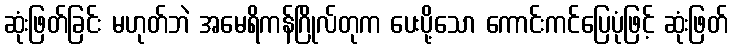
ဆုံးဖြတ်ခြင်း မဟုတ်ဘဲ အမေရိကန်ဂြိုလ်တုက ပေးပို့သော ကောင်းကင်ပြေပုံဖြင့် ဆုံးဖြတ်